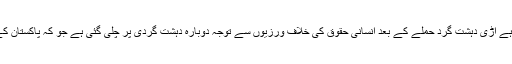
جہاں تک مسئلہ کشمیر کا تعلق ہے اڑی دہشت گرد حملے کے بعد انسانی حقوق کی خلاف ورزیوں سے توجہ دوبارہ دہشت گردی پر چلی گئی ہے جو کہ پاکستان کے حق میں درست ثابت نہیں ہوا۔